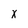
Character: I